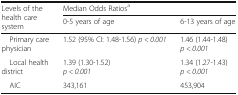
<table><thead><tr><td rowspan="2"><b>Levels of the health care system</b></td><td colspan="2"><b>Median Odds Ratios<sup>a</sup></b></td></tr><tr><td><b>0-5 years of age</b></td><td><b>6-13 years of age</b></td></tr></thead><tbody><tr><td> Primary care physician</td><td>1.52 (95% CI: 1.48-1.56) <i>p &lt; 0.001</i></td><td>1.46 (1.44-1.48)<i>p &lt; 0.001</i></td></tr><tr><td> Local health district</td><td>1.39 (1.30-1.52)<i>p &lt; 0.001</i></td><td>1.34 (1.27-1.43)<i>p &lt; 0.001</i></td></tr><tr><td> AIC</td><td>343,161</td><td>453,904</td></tr></tbody></table>